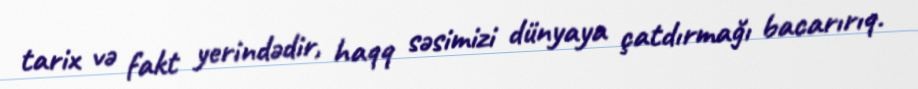
tarix və fakt yerindədir, haqq səsimizi dünyaya çatdırmağı bacarırıq.